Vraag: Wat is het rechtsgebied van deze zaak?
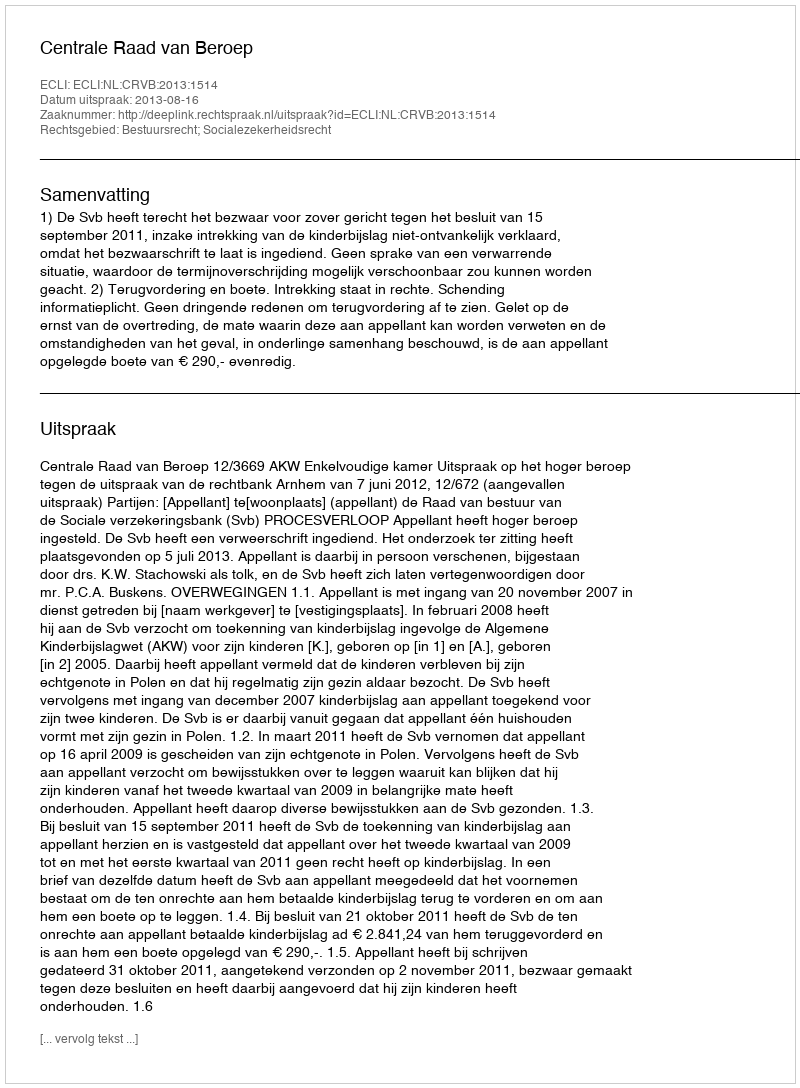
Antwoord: Bestuursrecht; Socialezekerheidsrecht